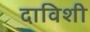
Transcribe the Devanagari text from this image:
दाविशी